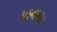
પાનધરા